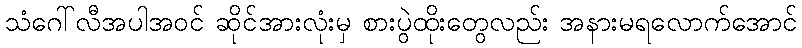
သံဂေါ်လီအပါအဝင် ဆိုင်အားလုံးမှ စားပွဲထိုးတွေလည်း အနားမရလောက်အောင်